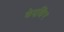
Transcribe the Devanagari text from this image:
केएकिंग